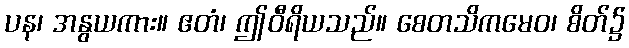
ပန၊ အနွယကား။ ဧတံ၊ ဤဝီရိယသည်။ စေတသိကမေဝ၊ စိတ်၌